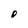
Character: O